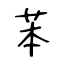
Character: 苯